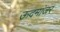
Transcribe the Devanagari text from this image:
ऊदमांजर